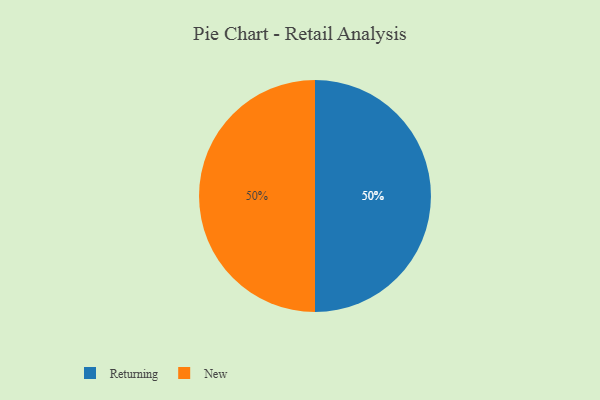
{"axis": {"x": "Category", "y": "Percentage"}, "legend": ["New", "Returning"], "data": [{"x": "Returning", "y": 50, "type": "Returning"}, {"x": "New", "y": 50, "type": "New"}]}